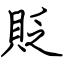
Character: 貶